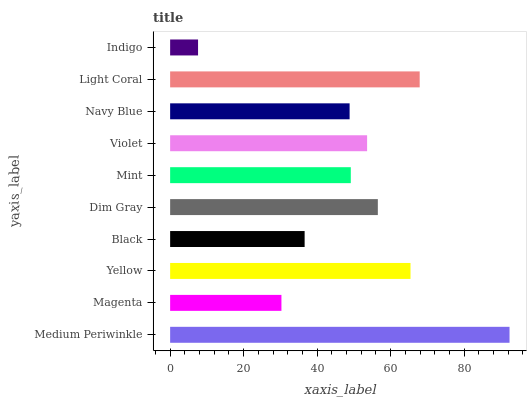
| yaxis_label | bars |
 | --- | --- |
 | Medium Periwinkle | 92.3 |
 | Magenta | 30.3 |
 | Yellow | 65.4 |
 | Black | 36.6 |
 | Dim Gray | 56.5 |
 | Mint | 49.2 |
 | Violet | 53.6 |
 | Navy Blue | 48.8 |
 | Light Coral | 67.9 |
 | Indigo | 7.6 |